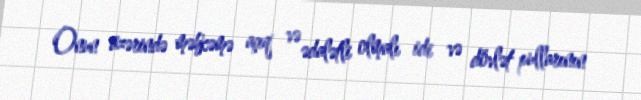
Onun üzərində məhkəmə açıq və ədalətli olmalı idi və dövlət pullarının